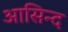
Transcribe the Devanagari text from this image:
आसिन्‍द